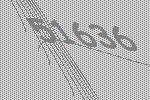
51636